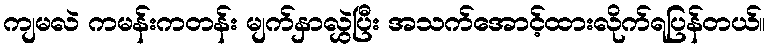
ကျမလဲ ကမန်းကတန်း မျက်နှာလွှဲပြီး အသက်အောင့်ထားလိုက်ရပြန်တယ်။